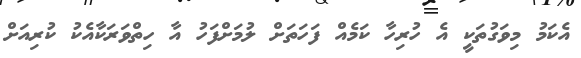
އެކަމު މިވަގުތަކީ އެ ހުރިހާ ކަމެއް ފަހަތަށް ލުމަށްފަހު އާ ހިތްވަރަކާއެކު ކުރިއަށް